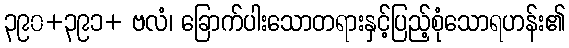
၃၉၀+၃၉၁+ ဗလံ၊ ခြောက်ပါးသောတရားနှင့်ပြည့်စုံသောရဟန်း၏